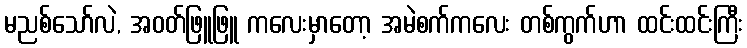
မညစ်သော်လဲ, အဝတ်ဖြူဖြူ ကလေးမှာတော့ အမဲစက်ကလေး တစ်ကွက်ဟာ ထင်းထင်းကြီး